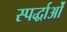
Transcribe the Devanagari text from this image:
स्पर्द्धाओं